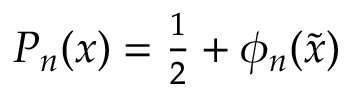
\begin{array} { r } { P _ { n } ( x ) = \frac { 1 } { 2 } + \phi _ { n } ( { \tilde { x } } ) } \end{array}